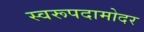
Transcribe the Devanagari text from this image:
स्वरूपदामोदर